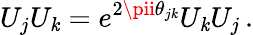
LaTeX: U_{j}U_{\mathit{k}}=e^{2\pii\theta_{j\mathit{k}}}U_{\mathit{k}}U_{j}\, .